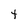
Character: t